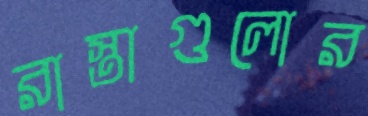
রাস্তাগুলোর